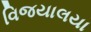
વિજયાલયા